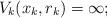
LaTeX: \begin{align*}V_k(x_k, r_k) = \infty;\end{align*}